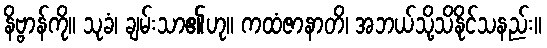
နိဗ္ဗာန်ကို။ သုခံ၊ ချမ်းသာ၏ဟု။ ကထံဇာနာတိ၊ အဘယ်သို့သိနိုင်သနည်း။